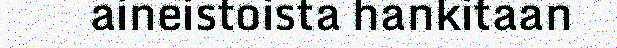
aineistoista hankitaan